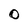
Character: 0